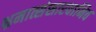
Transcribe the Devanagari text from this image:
भ्रमात्संसारवानिव